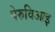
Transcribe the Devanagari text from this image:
पेरुविआइ